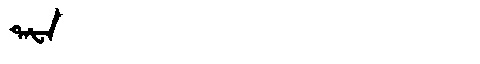
Manchu: ᡨᠠᡶᠠ
Romanization: TAFA